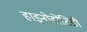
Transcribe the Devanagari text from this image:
हाइनोडोंटिडी